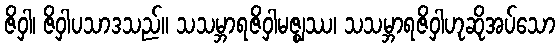
ဇိဝှါ၊ ဇိဝှါပသာဒသည်။ သသမ္ဘာရဇိဝှါမဇ္ဈဿ၊ သသမ္ဘာရဇိဝှါဟုဆိုအပ်သော